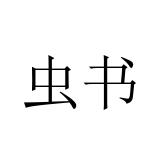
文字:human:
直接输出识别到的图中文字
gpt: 虫书